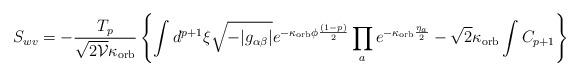
LaTeX: \begin{align*}S_{wv}=-\frac{T_p}{\sqrt{2 {\cal V}}\kappa_{\rm orb}} \left\{\int d^{p+1}\xi \sqrt{-|g_{\alpha\beta}|}e^{-\kappa_{\rm orb}\phi\frac{(1-p)}{2}} \prod_a e^{-\kappa_{\rm orb}\frac{\eta_a}{2}} -\sqrt{2}\kappa_{\rm orb}\int C_{p+1}\right\}\end{align*}